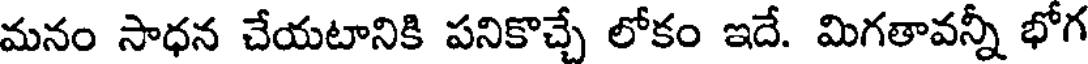
మనం సాధన చేయటానికి పనికొచ్చే లోకం ఇదే. మిగతావన్నీ భోగ